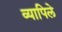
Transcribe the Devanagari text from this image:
व्यापिले